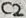
Text: C2